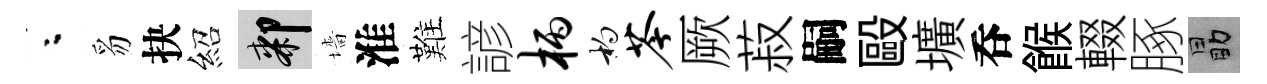
粉豸抉紹膝墻淮難諺柄杓苓厥菽嗣毆壙呑餱輟䐁勗